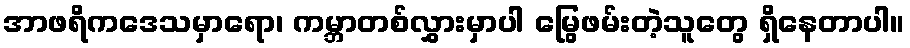
အာဖရိကဒေသမှာရော၊ ကမ္ဘာတစ်လွှားမှာပါ မြွေဖမ်းတဲ့သူတွေ ရှိနေတာပါ။